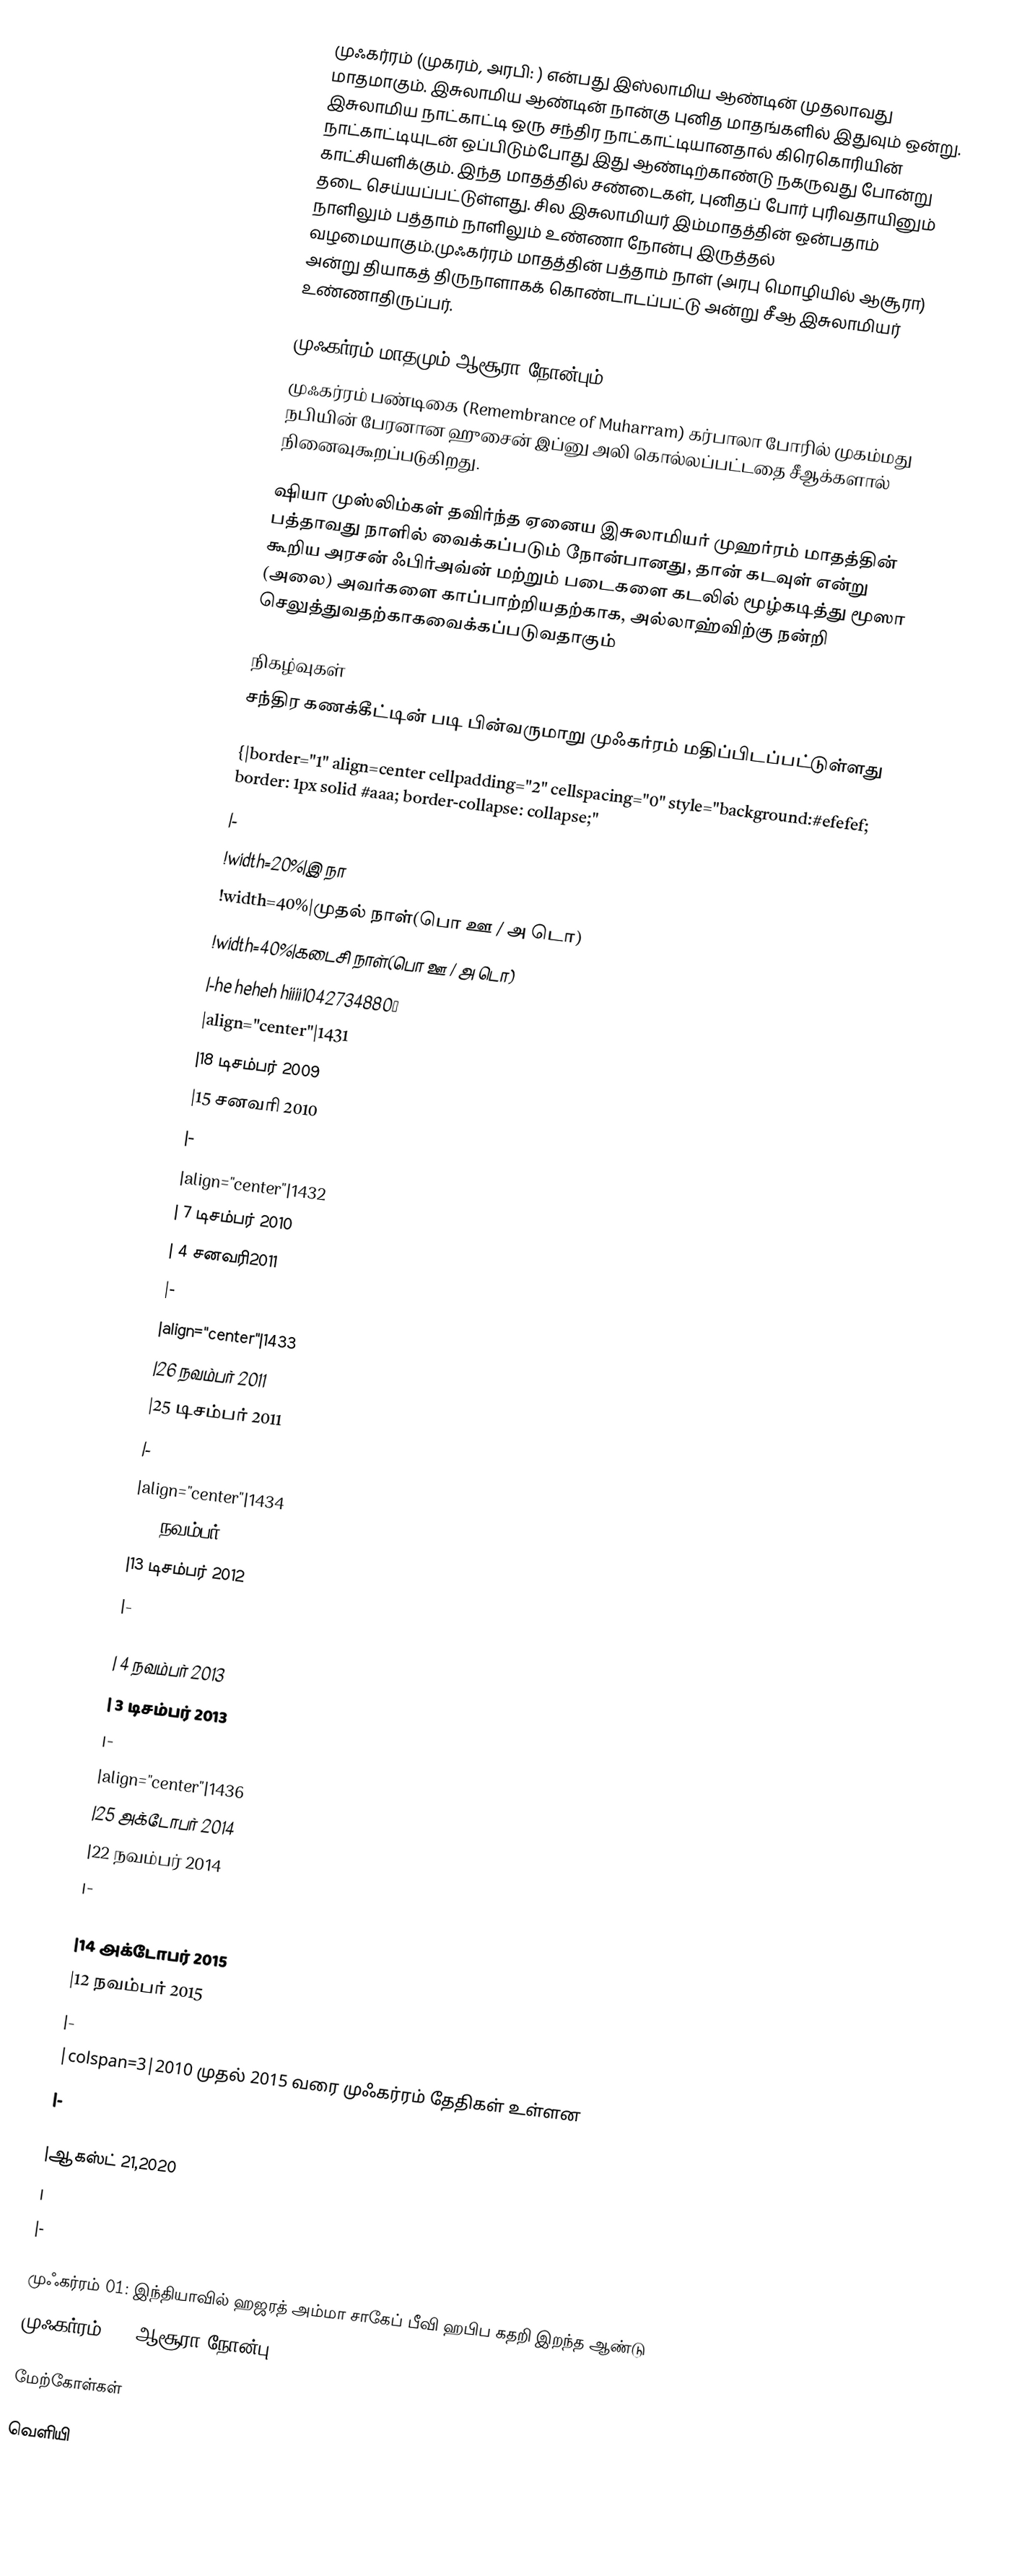
முஃகர்ரம் (முகரம், அரபி: ) என்பது இஸ்லாமிய ஆண்டின் முதலாவது மாதமாகும். இசுலாமிய ஆண்டின் நான்கு புனித மாதங்களில் இதுவும் ஒன்று. இசுலாமிய நாட்காட்டி ஒரு சந்திர நாட்காட்டியானதால் கிரெகொரியின் நாட்காட்டியுடன் ஒப்பிடும்போது இது ஆண்டிற்காண்டு நகருவது போன்று காட்சியளிக்கும். இந்த மாதத்தில் சண்டைகள், புனிதப் போர் புரிவதாயினும் தடை செய்யப்பட்டுள்ளது. சில இசுலாமியர் இம்மாதத்தின் ஒன்பதாம் நாளிலும் பத்தாம் நாளிலும் உண்ணா நோன்பு இருத்தல் வழமையாகும்.முஃகர்ரம் மாதத்தின் பத்தாம் நாள் (அரபு மொழியில் ஆசூரா) அன்று தியாகத் திருநாளாகக் கொண்டாடப்பட்டு அன்று சீஆ இசுலாமியர் உண்ணாதிருப்பர்.

முஃகர்ரம் மாதமும் ஆசூரா நோன்பும்
முஃகர்ரம் பண்டிகை (Remembrance of Muharram) கர்பாலா போரில் முகம்மது நபியின்  பேரனான ஹுசைன் இப்னு அலி கொல்லப்பட்டதை சீஆக்களால் நினைவுகூறப்படுகிறது.

ஷியா முஸ்லிம்கள் தவிர்ந்த ஏனைய இசுலாமியர் முஹர்ரம் மாதத்தின் பத்தாவது நாளில் வைக்கப்படும் நோன்பானது, தான்  கடவுள் என்று கூறிய அரசன்  ஃபிர்அவ்ன் மற்றும் படைகளை கடலில் மூழ்கடித்து மூஸா (அலை) அவர்களை காப்பாற்றியதற்காக, அல்லாஹ்விற்கு நன்றி செலுத்துவதற்காகவைக்கப்படுவதாகும்

நிகழ்வுகள்
சந்திர கணக்கீட்டின் படி  பின்வருமாறு முஃகர்ரம்  மதிப்பிடப்பட்டுள்ளது

{|border="1" align=center cellpadding="2" cellspacing="0" style="background:#efefef; border: 1px solid #aaa; border-collapse: collapse;"
|-
!width=20%|இ நா
!width=40%|முதல் நாள்(பொ ஊ / அ டொ)
!width=40%|கடைசி நாள்(பொ ஊ  / அ டொ)
|-he heheh hiiii1042734880≠
|align="center"|1431
|18 டிசம்பர் 2009
|15 சனவரி 2010
|-
|align="center"|1432
|  7 டிசம்பர்  2010
|  4 சனவரி2011
|-
|align="center"|1433
|26 நவம்பர் 2011
|25 டிசம்பர்  2011
|-
|align="center"|1434
|15 நவம்பர்2012
|13 டிசம்பர்  2012
|-
|align="center"|1435
|  4 நவம்பர் 2013
|  3 டிசம்பர்  2013
|-
|align="center"|1436
|25 அக்டோபர் 2014
|22 நவம்பர் 2014
|-
|align="center"|1437
|14 அக்டோபர் 2015
|12 நவம்பர் 2015
|-
|colspan=3|2010 முதல்  2015 வரை முஃகர்ரம் தேதிகள் உள்ளன
|-
|align="center"|1442
|ஆகஸ்ட் 21,2020
|
|-

முஃகர்ரம் 01: இந்தியாவில் ஹஜரத் அம்மா சாகேப் பீவி ஹபிப கதறி இறந்த ஆண்டு
முஃகர்ரம் 10: ஆசூரா நோன்பு

மேற்கோள்கள்

வெளியி